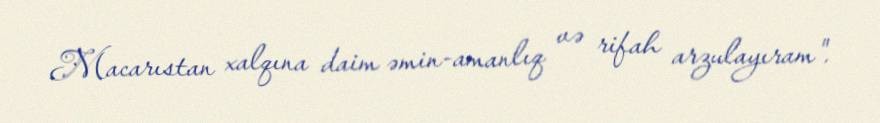
Macarıstan xalqına daim əmin-amanlıq və rifah arzulayıram".